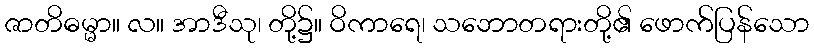
ဇာတိဓမ္မာ။ လ။ အာဒီသု၊ တို့၌။ ဝိကာရေ၊ သဘောတရားတို့၏ ဖောက်ပြန်သော